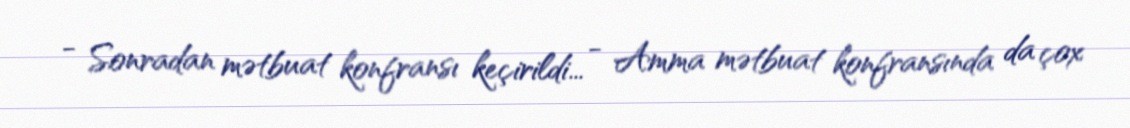
- Sonradan mətbuat konfransı keçirildi... - Amma mətbuat konfransında da çox